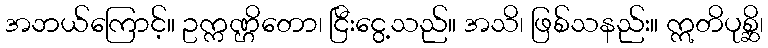
အဘယ်ကြောင့်။ ဥက္ကဏ္ဌိတော၊ ငြီးငွေ့သည်။ အသိ၊ ဖြစ်သနည်း။ ဣတိပုစ္ဆိ၊